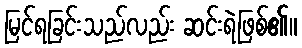
မြင်ရခြင်းသည်လည်း ဆင်းရဲဖြစ်၏။